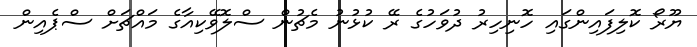
ޔޫރޯ ކޮލިފައިންގައި ހޮނިހިރު ދުވަހުގެ ރޭ ކުޅުނު މެޗުން ސްލޮވޭކިއާގެ މައްޗަށް ސްޕެއިން